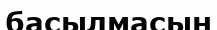
басылмасын